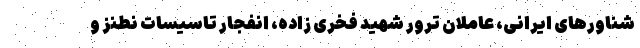
شناورهای ایرانی، عاملان ترور شهید فخری زاده، انفجار تاسیسات نطنز و